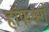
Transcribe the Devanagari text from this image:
हॉफबर्ग